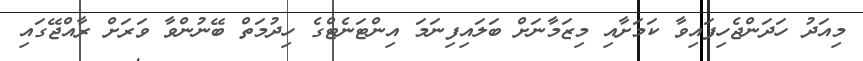
މިއަދު ހަދަންޖެހިފައިވާ ކަމަށާއި މިޒަމާނަށް ބަލައިފިނަމަ އިންޓަނެޓްގެ ހިދުމަތް ބޭނުންވާ ވަރަށް ރާއްޖޭގައި